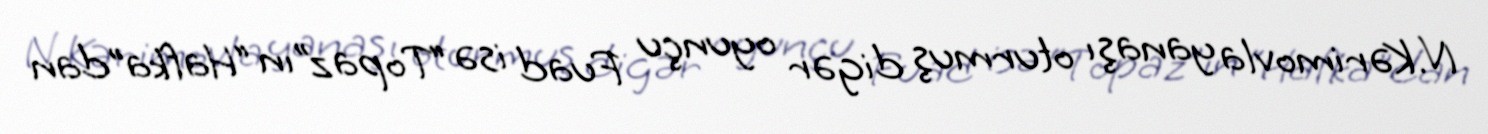
N.Kərimovla yanaşı oturmuş digər oyunçu Fuad isə “Topaz”ın “Hafka”dan